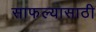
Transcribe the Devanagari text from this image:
साफल्यासाठी